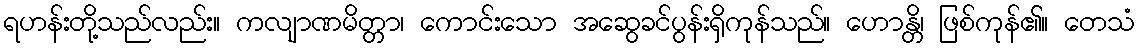
ရဟန်းတို့သည်လည်း။ ကလျာဏမိတ္တာ၊ ကောင်းသော အဆွေခင်ပွန်းရှိကုန်သည်။ ဟောန္တိ၊ ဖြစ်ကုန်၏။ တေသံ